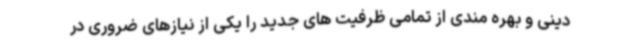
دینی و بهره مندی از تمامی ظرفیت های جدید را یکی از نیازهای ضروری در